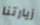
زيارتنا